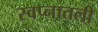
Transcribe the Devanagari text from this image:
स्वप्नातली